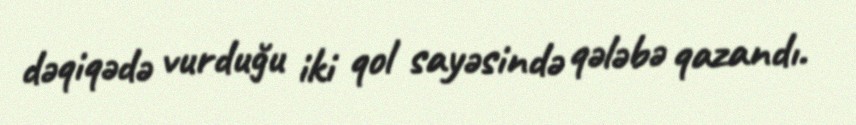
dəqiqədə vurduğu iki qol sayəsində qələbə qazandı.